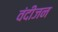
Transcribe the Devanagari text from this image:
वंदीजन